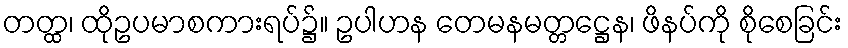
တတ္ထ၊ ထိုဥပမာစကားရပ်၌။ ဥပါဟန တေမနမတ္တဋ္ဌေန၊ ဖိနပ်ကို စိုစေခြင်း